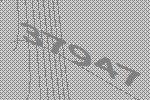
37947